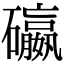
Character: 䃷